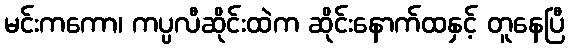
မင်းကကော၊ ကပ္ပလီဆိုင်းထဲက ဆိုင်းနောက်ထနှင့် တူနေပြီ